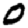
Digit: 0